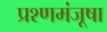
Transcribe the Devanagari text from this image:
प्रश्णमंजूषा